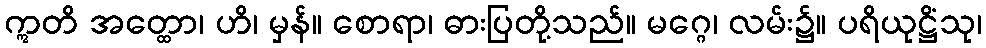
ဣတိ အတ္ထော၊ ဟိ၊ မှန်။ စောရာ၊ ဓားပြတို့သည်။ မဂ္ဂေ၊ လမ်း၌။ ပရိယုဋ္ဌိံသု၊